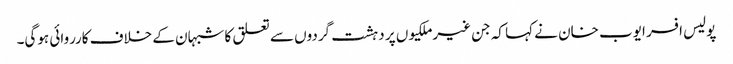
پولیس افسر ایوب خان نے کہا کہ جن غیرملکیوں پر دہشت گردوں سے تعلق کا شبہان کے خلاف کارروائی ہوگی۔